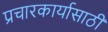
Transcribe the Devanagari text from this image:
प्रचारकार्यासाठी